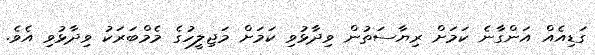
ގަޑިއެއް އަންގާނެ ކަމަށް ރިޔާސަތުން ވިދާޅުވި ކަމަށް މަޖިލީހުގެ މެމްބަރަކު ވިދާޅުވި އެވެ.